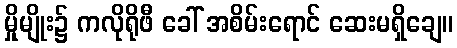
မှိုမျိုး၌ ကလိုရိုဖီ ခေါ် အစိမ်းရောင် ဆေးမရှိချေ။